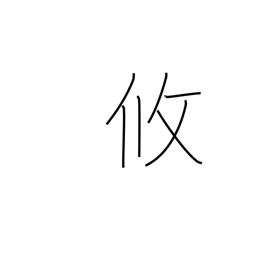
Meaning: relaxed